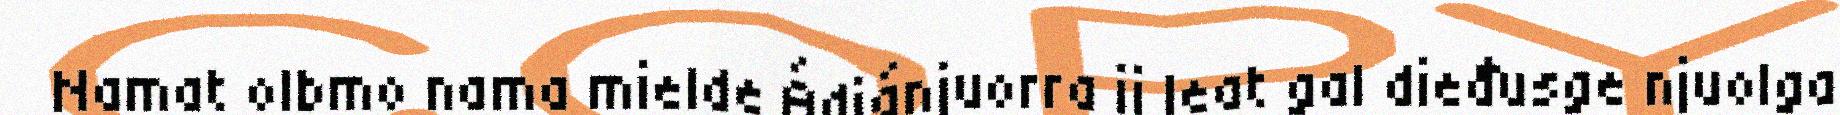
Namat olbmo nama mielde Ádjánjuorra ii leat gal dieđusge njuolga